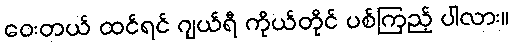
ဝေးတယ် ထင်ရင် ဂျယ်ရီ ကိုယ်တိုင် ပစ်ကြည့် ပါလား။